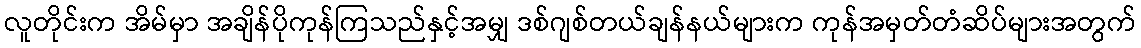
လူတိုင်းက အိမ်မှာ အချိန်ပိုကုန်ကြသည်နှင့်အမျှ ဒစ်ဂျစ်တယ်ချန်နယ်များက ကုန်အမှတ်တံဆိပ်များအတွက်